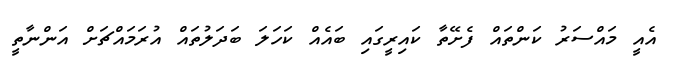
އެއީ މައްސަރު ކަންތައް ފެށޭތާ ކައިރީގައި ބައެއް ކަހަލަ ބަދަލުތައް އުރަމައްޗަށް އަންނާތީ